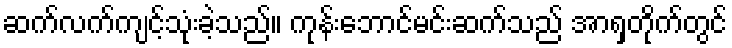
ဆက်လက်ကျင့်သုံးခဲ့သည်။ ကုန်းဘောင်မင်းဆက်သည် အာရှတိုက်တွင်